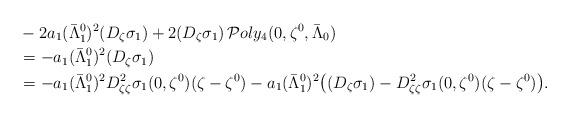
LaTeX: \begin{align*}&-2a_1 (\bar{\Lambda}_1^0)^2(D_\zeta\sigma_1)+ 2 (D_{\zeta}\sigma_1) \, \mathcal Poly_4(0,\zeta^0,\bar\Lambda_0)\\&= -a_1 (\bar \Lambda_1^0)^2 (D_\zeta\sigma_1)\\&=-a_1 (\bar \Lambda_1^0)^2 D^2_{\zeta\zeta}\sigma_1(0,\zeta^0)(\zeta-\zeta^0)-a_1 (\bar \Lambda_1^0)^2\bigl((D_\zeta\sigma_1) - D^2_{\zeta\zeta}\sigma_1(0,\zeta^0)(\zeta-\zeta^0)\bigr) .\end{align*}